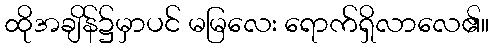
ထိုအချိန်၌မှာပင် မမြလေး ရောက်ရှိလာလေ၏။